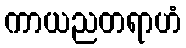
ကာယညတရာဟံ